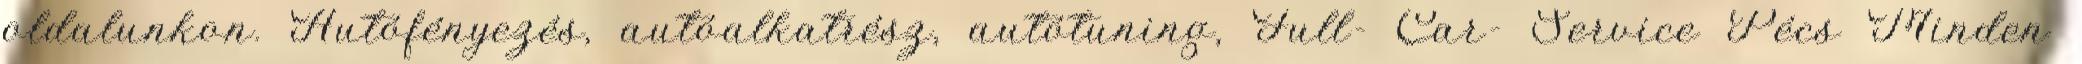
oldalunkon. Autófényezés, autóalkatrész, autótuning, Full- Car- Service Pécs Minden